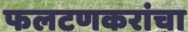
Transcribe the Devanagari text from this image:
फलटणकरांचा